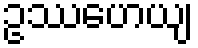
ဥဿဟေယျ